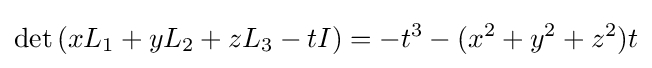
\det \left(xL_{1}+yL_{2}+zL_{3}-tI\right)=-t^{3}-(x^{2}+y^{2}+z^{2})t